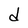
Character: d